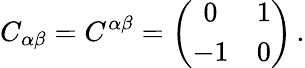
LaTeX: C_{\alpha\beta}=C^{\alpha\beta}=\left(\begin{array}{cc}{{0}}&{{1}}\\ {{-1}}&{{0}}\end{array}\right)\, .